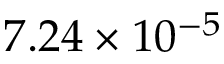
7 . 2 4 \times 1 0 ^ { - 5 }